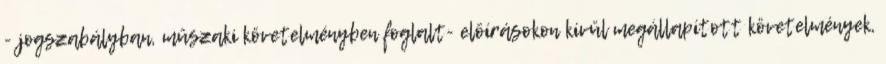
- jogszabályban, mûszaki követelményben foglalt- elõírásokon kívül megállapított követelmények,